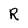
Character: R